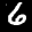
Label: 6